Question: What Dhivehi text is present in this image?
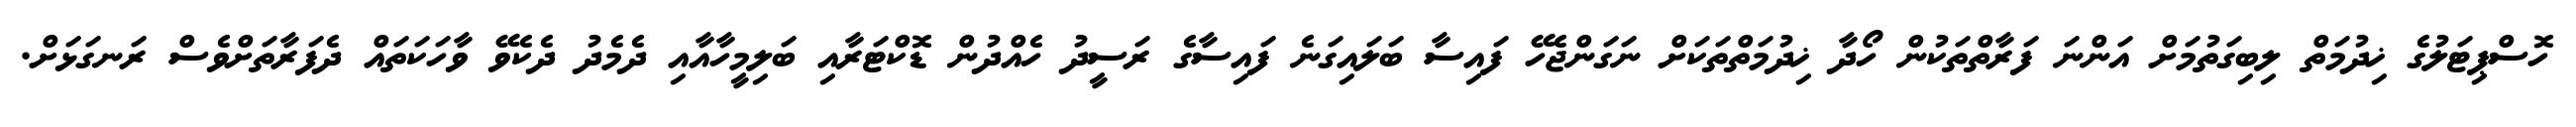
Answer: ހޮސްޕިޓަލުގެ ޚިދުމަތް ލިބިގަތުމަށް އަންނަ ފަރާތްތަކުން ހޯދާ ޚިދުމަތްތަކަށް ނަގަންޖެހޭ ފައިސާ ބަލައިގަނެ ފައިސާގެ ރަސީދު ހެއްދުން ޑޮކްޓަރާއި ބަލިމީހާއާއި ދެމެދު ދެކެވޭ ވާހަކަތައް ދެފަރާތަށްވެސް ރަނގަޅަށް.